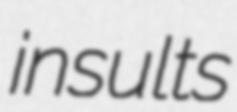
insults